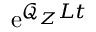
\mathrm { e } ^ { \mathcal { Q } _ { \boldsymbol Z } L t }